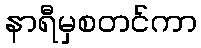
နာရီမှစတင်ကာ